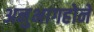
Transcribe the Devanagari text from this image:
अनुभागहोने